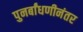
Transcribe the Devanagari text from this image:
पुनर्बांधणीनंतर